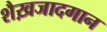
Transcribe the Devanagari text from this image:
शैख़जादगान